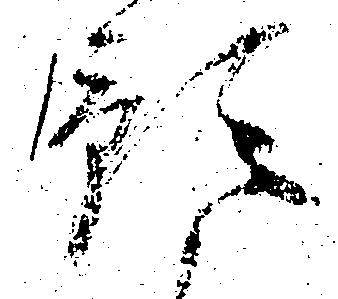
預